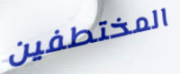
المختطفين